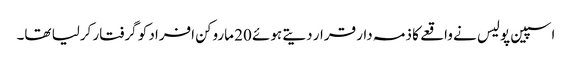
اسپین پولیس نے واقعے کا ذمہ دار قرار دیتے ہوئے 20 ماروکن افراد کو گرفتار کرلیا تھا۔